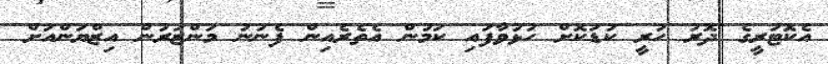
އެކޮޓަރީގެ ދޮރު ހުރީ ކުޑަކޮށް ހުޅުވާފައި ކަމުން އެތެރެއިން ފެނުނު މަންޒަރުން އިޒްޔަންއަށް